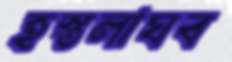
হস্তলাঘব